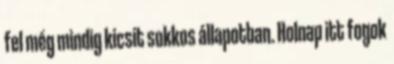
fel még mindig kicsit sokkos állapotban. Holnap itt fogok